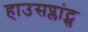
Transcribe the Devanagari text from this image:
हाउसप्लांट्स